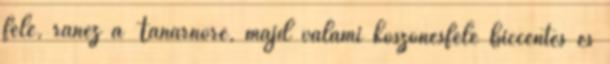
felé, ránéz a Tanárnőre, majd valami köszönésféle biccentés és